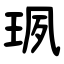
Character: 珟